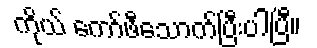
ကိုယ် ကော်ဖီသောက်ပြီးပါပြီ။